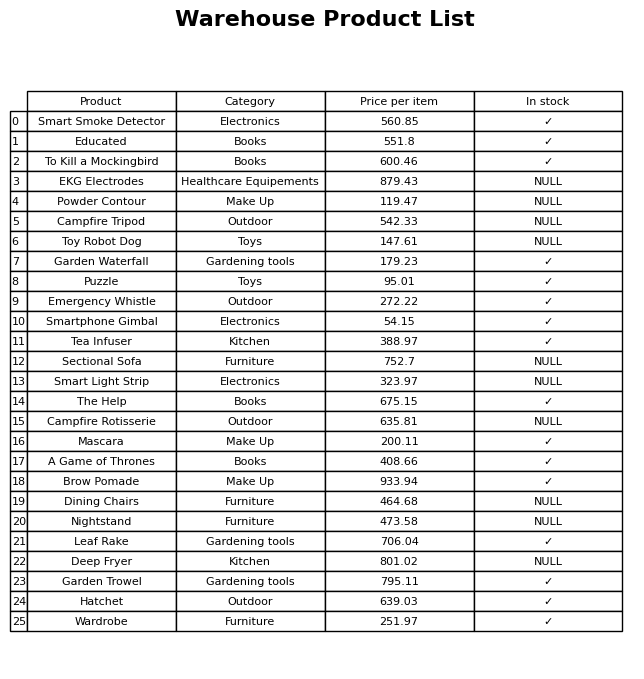
question: What is the price of the Emergency Whistle?
answer: The price of Emergency Whistle is 272.22.